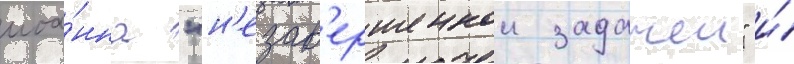
иоа́нна "н'езав'ершеннои задачеи" и́